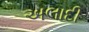
અલાદી